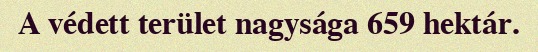
A védett terület nagysága 659 hektár.